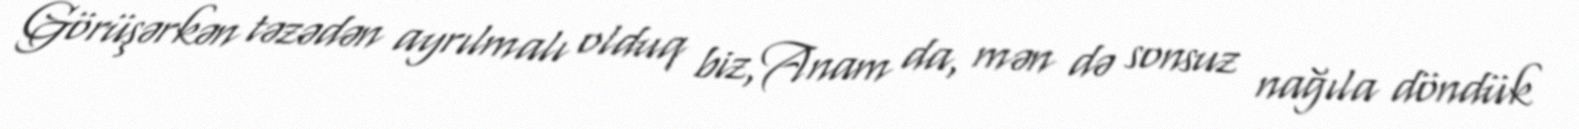
Görüşərkən təzədən ayrılmalı olduq biz,Anam da, mən də sonsuz nağıla döndük